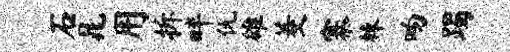
石晁用拆畔仇雄菱寨棘吻躅